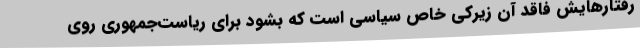
رفتارهایش فاقد آن زیرکی خاص سیاسی است که بشود برای ریاست‌جمهوری روی